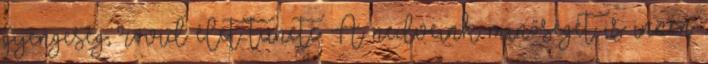
gyengeség, rövid élet tünete. A nedveink minőségét is innen